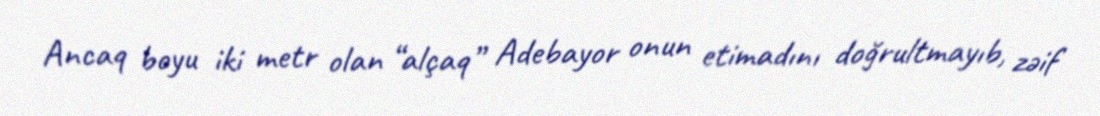
Ancaq boyu iki metr olan “alçaq” Adebayor onun etimadını doğrultmayıb, zəif